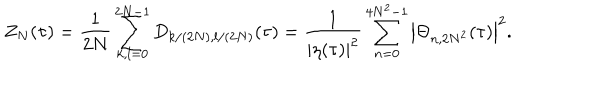
LaTeX: Z _ { N } ( \tau ) = \frac 1 { 2 N } \sum _ { k , l = 0 } ^ { 2 N - 1 } D _ { k / ( 2 N ) , l / ( 2 N ) } ( \tau ) = \frac 1 { | \eta ( \tau ) | ^ { 2 } } \sum _ { n = 0 } ^ { 4 N ^ { 2 } - 1 } \left| \Theta _ { n , 2 N ^ { 2 } } ( \tau ) \right| ^ { 2 } .